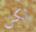
لكن